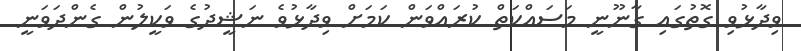
ވިދާޅުވި ގޮތުގައި ގާނޫނީ މަސައްކަތް ކުރައްވަން ކަމަށް ވިދާޅުވެ ނަޝީދުގެ ވަކީލުން ގެންދަވަނީ